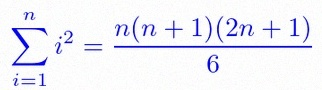
\sum_{i=1}^{n}i^2=\frac{n(n+1)(2n+1)}6